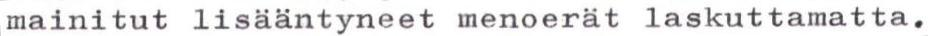
mainitut lisääntyneet menoerät laskuttamatta.